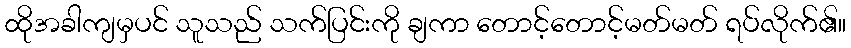
ထိုအခါကျမှပင် သူသည် သက်ပြင်းကို ချကာ တောင့်တောင့်မတ်မတ် ရပ်လိုက်၏။